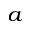
^ a